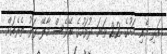
އަދި މެއި މަހުގެ 22 ވަނަ ދުވަހުގެ ރޭވެސް މާލޭ ފަޅު ތެރެއަށް